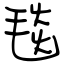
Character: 毯